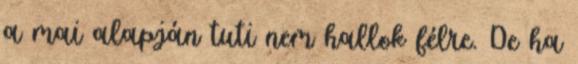
a mai alapján tuti nem hallok félre. De ha